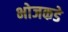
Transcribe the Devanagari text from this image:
भोजकडे